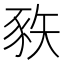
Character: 𰶦